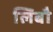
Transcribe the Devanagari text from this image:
लिबौ